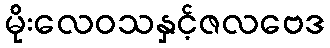
မိုးလေဝသနှင့်ဇလဗေဒ